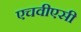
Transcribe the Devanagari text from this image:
एचवीएसी